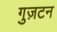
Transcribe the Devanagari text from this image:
गुज़टन